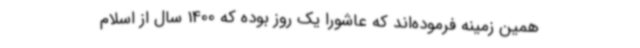
همین زمینه فرموده‌اند که عاشورا یک روز بوده که 1400 سال از اسلام